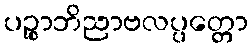
ပဉ္စာဘိညာဗလပ္ပတ္တော